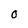
Character: 0